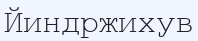
Йиндржихув